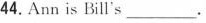
44.Ann is Bill's_______.